King Institute of Preventive Medicine Micro-Biological Section reports 1909-11
Year: 1909
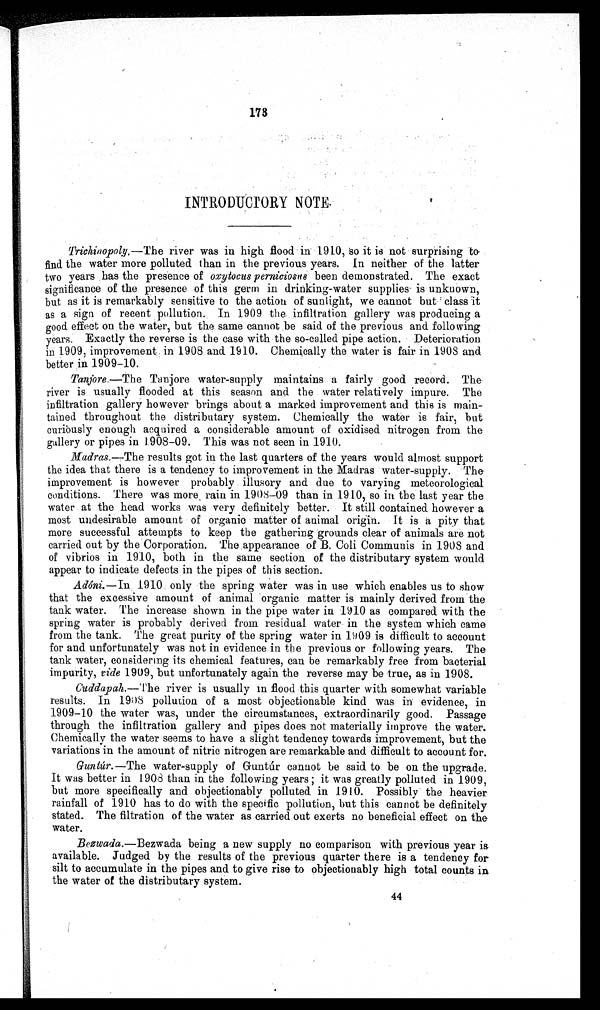
173
INTRODUCTORY NOTE .
Trichinopoly.—The river was in high flood in 1910, so it is not surprising to.
find the water more polluted than in the previous years. In neither of the latter
two years has the presence of oxytocus perniciosus been demonstrated. The exact
significance of the presence of this germ in drinking-water supplies is unknown,
but as it is remarkably sensitive to the action of sunlight, we cannot but class it
as a sign of recent pollution. In 1909 the infiltration gallery was producing a
good. effect on the water, but the same cannot be said of the previous and following
ears Exactly the reverse is the case with the so-called pipe action. Deterioration
in 1909, improvement, in 1908 and 1910. Chemically the water is fair in 1908 and
better in 1909-10.
Tanjore.—The Tanjore water-supply maintains a fairly good record. The
river is usually flooded at this season and the water relatively impure. The
infiltration gallery however brings about a marked improvement and this is main
-
ined throughout the distributary system. Chemically the water is fair, but.
curiously enough acquired a considerable amount of oxidised nitrogen from the
gallery or pipes in 1908-09. This was not seen in 1910.
Madras.—The
results got in the last quarters of the years would almost support
the idea that there is a tendency to improvement in the Madras water-supply. The
improvement is however probably illusory and due to varying meteorological
conditions. There was more rain in. 1908-09 than in 1910, so in the last year the
water at the head works was very definitely better. It still contained. however a
most undesirable amount of organic matter of animal origin. It is a pity that
more successful attempts to keep the gathering grounds clear of animals are not
carried out by the Corporation. The .appearance of B. Coli Communis in 1908 and
of vibrios in 1910, both in the same section of the distributary system would
appear to indicate defects in the pipes of this section.
Adóni. —In 1910 only the spring water was in use which enables us to show
that the excessive amount of animal organic matter is mainly derived from the
tank water. The increase shown in the pipe water in 1910 as compared with the
spring water is probably derived from residual water in the system which came
from the tank. The great purity of the spring water in 1909 is difficult to account
for and unfortunately was not in evidence in the previous or following years. The
tank water, considering its chemical features, can be remarkably free from bacterial
impurity, ride 1909, but unfortunately again the reverse may be true, as in 1908.
Cuddapah.—The river is usually in flood this quarter with somewhat variable
results. In 1908 pollution of a most objectionable kind was in evidence, in
1909–10 the water was, under the circumstances, extraordinarily good. Passage
through the infiltration gallery and pipes does not materially improve the water.
Chemically the water seems to have a slight tendency towards improvement, but the
variations in the amount of nitric nitrogen are remarkable and difficult to account for.
Guntúr.—The
water-supply of Guntúr cannot be said to be on the upgrade,
It was better in 1908 than in the following years ; it was greatly polluted in 1909,
but more specifically and objectionably polluted. in 1910. Possibly the heavier
rainfall of 1910 has to do with the specific pollution, but this cannot be definitely
stated. The filtration of the water as carried out exerts no beneficial effect on the
water.
Bezwada. — B e z w a d a
b e i n g a n e w s u p p l y n o c o m p a r i s o n w i t h p r e v i o u s y e a r i s
a v a i l a b l e . J u d g e d b y t h e r e s u l t s o f t h e p r e v i o u s q u a r t e r t h e r e i s a t e n d e n c y f o r
silt to accumulate in the pipes and to give rise to objectionably high total counts in
the water of the distributary system.
4 4